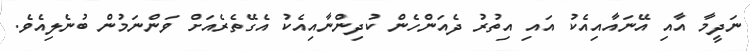
ނަދީމާ އާއި އޭނައާއިއެކު އައި އިތުރު ދެއަންހެން ކުދިންނާއިއެކު އެގޭތެރެއަށް ވަންނަމުން ބުނެލިއެވެ.